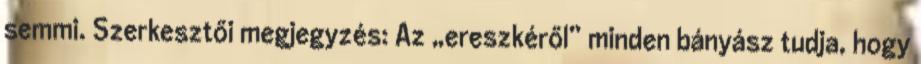
semmi. Szerkesztői megjegyzés: Az „ereszkéről” minden bányász tudja, hogy